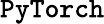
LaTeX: \texttt{PyTorch}